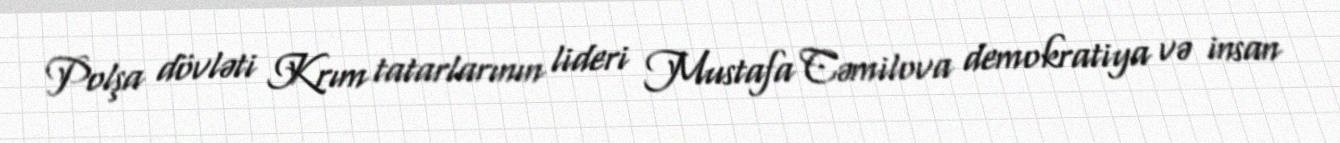
Polşa dövləti Krım tatarlarının lideri Mustafa Cəmilova demokratiya və insan